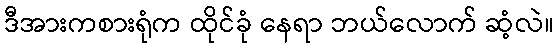
ဒီအားကစားရုံက ထိုင်ခုံ နေရာ ဘယ်လောက် ဆံ့လဲ။